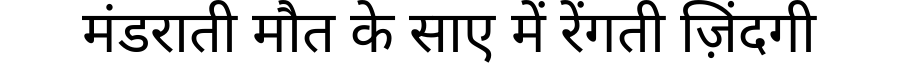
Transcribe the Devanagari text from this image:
मंडराती मौत के साए में रेंगती ज़िंदगी